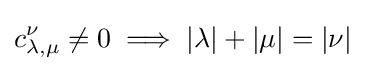
c_{\lambda ,\mu }^{\nu }\neq 0\implies |\lambda |+|\mu |=|\nu |